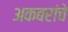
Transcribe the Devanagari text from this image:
अकबरांचे